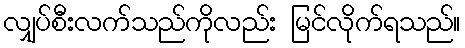
လျှပ်စီးလက်သည်ကိုလည်း မြင်လိုက်ရသည်။